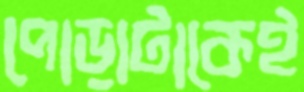
পোড়াটাকেই